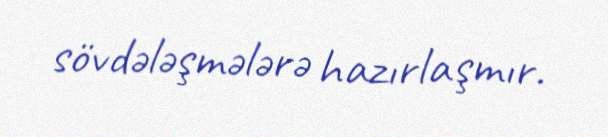
sövdələşmələrə hazırlaşmır.